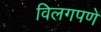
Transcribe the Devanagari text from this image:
विलगपणे